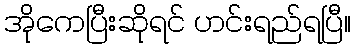
အိုကေပြီးဆိုရင် ဟင်းရည်ရပြီ။